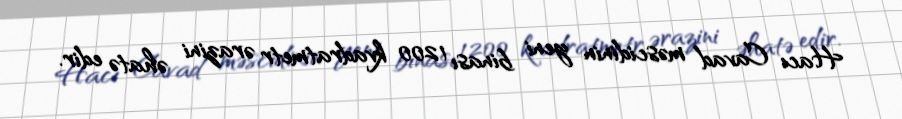
Hacı Cavad məscidinin yeni binası 1200 kvadratmetr ərazini əhatə edir.